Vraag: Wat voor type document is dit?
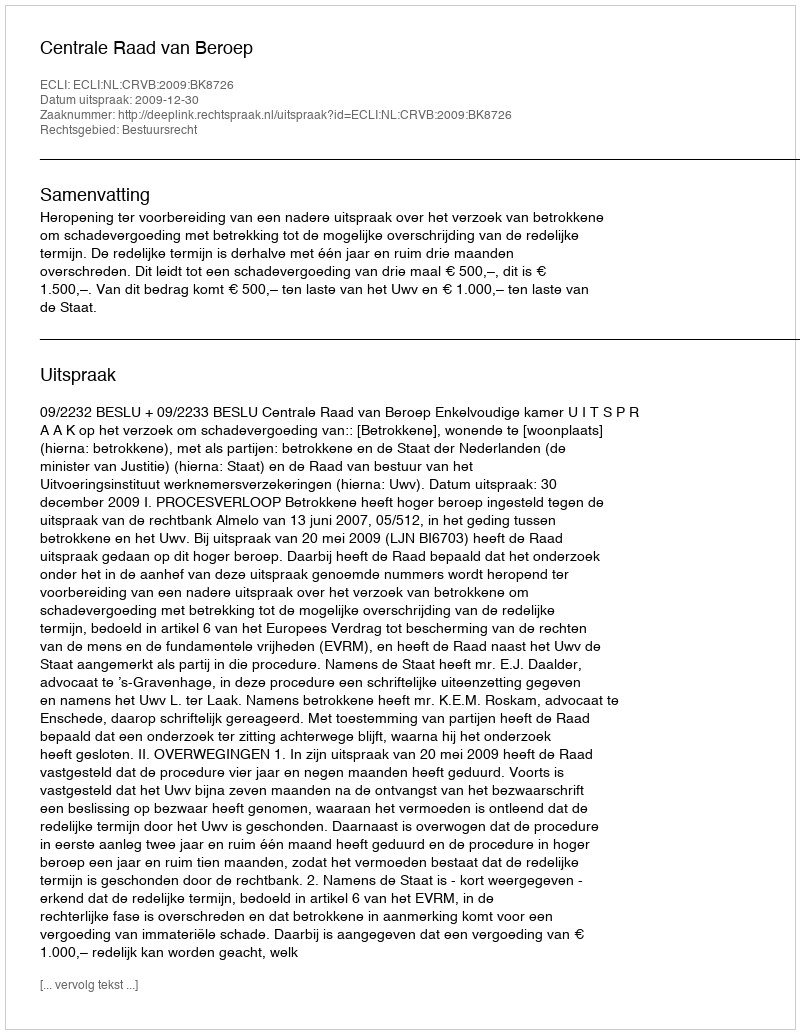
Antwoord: Uitspraak